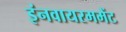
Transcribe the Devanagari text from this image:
इंनवायरममेंट